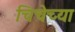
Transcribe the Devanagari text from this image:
चिचेच्या